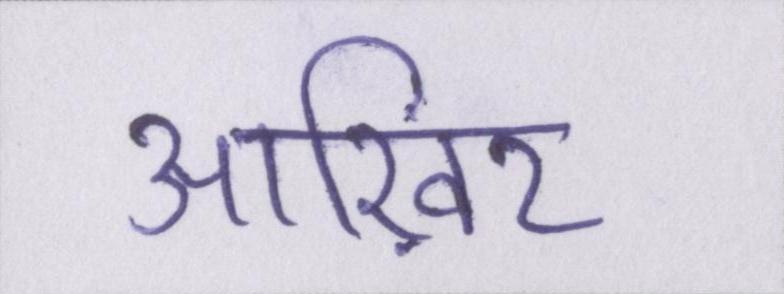
आख़िर